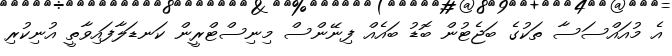
އެ މުއައްސަސާ ތަކުގެ ބަޖެޓުން ބޮޑު ބައެއް ފިނޭންސް މިނިސްޓްރީން ކަނޑަލާފައިވާތީ އުނިކުރި